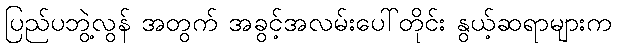
ပြည်ပဘွဲ့လွန် အတွက် အခွင့်အလမ်းပေါ်တိုင်း နွယ့်ဆရာများက